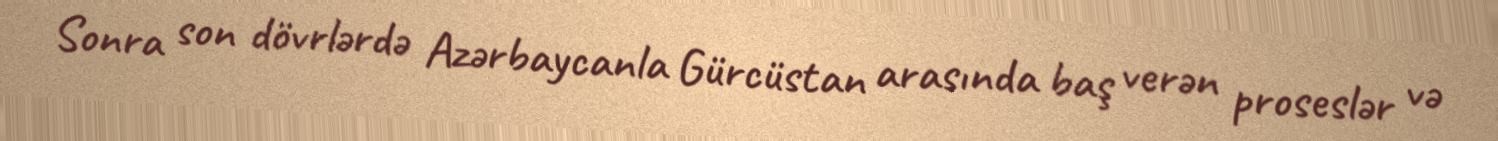
Sonra son dövrlərdə Azərbaycanla Gürcüstan arasında baş verən proseslər və